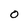
Character: O